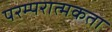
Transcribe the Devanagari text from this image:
परम्परात्मकता